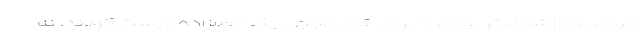
کردند و ارزشمندتر بودند؟ برای آقای حججی یک امامزاده درست کردند، نه